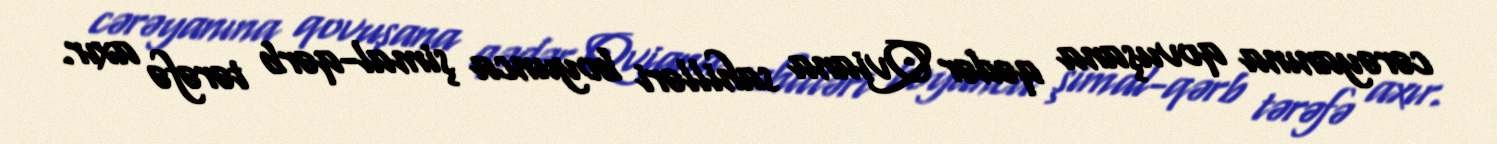
cərəyanına qovuşana qədər Qviana sahilləri boyunca şimal-qərb tərəfə axır.